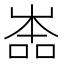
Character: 𡴡